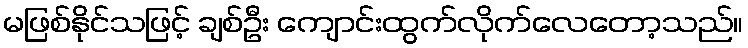
မဖြစ်နိုင်သဖြင့် ချစ်ဦး ကျောင်းထွက်လိုက်လေတော့သည်။